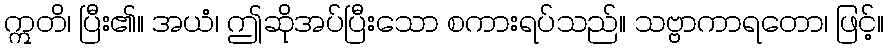
ဣတိ၊ ပြီး၏။ အယံ၊ ဤဆိုအပ်ပြီးသော စကားရပ်သည်။ သဗ္ဗာကာရတော၊ ဖြင့်။